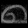
Digit: ၈